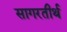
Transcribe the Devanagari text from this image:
सागरतीर्थ